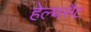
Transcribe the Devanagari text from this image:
हेल्थसैट